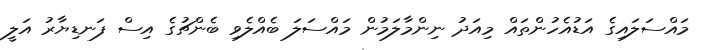
މައްސަލައިގެ އަޑުއެހުންތައް މިއަދު ނިންމާލަމުން މައްސަލަ ބެއްލެވި ބެންޗުގެ އިސް ފަނޑިޔާރު އަލީ